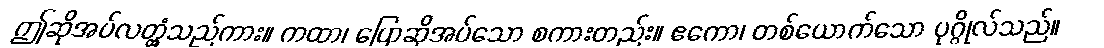
ဤဆိုအပ်လတ္တံ့သည်ကား။ ကထာ၊ ပြောဆိုအပ်သော စကားတည်း။ ဧကော၊ တစ်ယောက်သော ပုဂ္ဂိုလ်သည်။